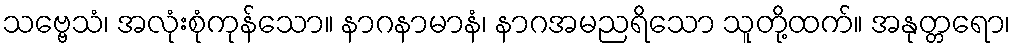
သဗ္ဗေသံ၊ အလုံးစုံကုန်သော။ နာဂနာမာနံ၊ နာဂအမညရိသော သူတို့ထက်။ အနုတ္တရော၊